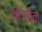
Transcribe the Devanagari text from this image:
लोगचेन